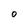
Character: O